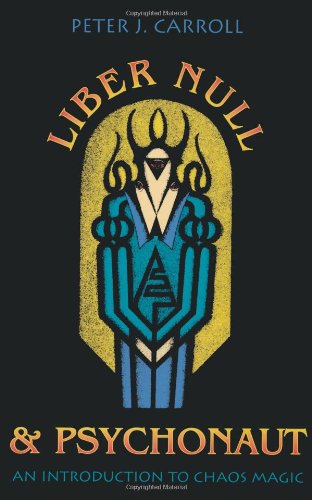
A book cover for Liber Null & Psychonaut: An Introduction to Chaos Magic; Peter J. Carroll; Religion & Spirituality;